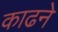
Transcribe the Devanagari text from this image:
काढने